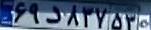
۶۹د۸۳۷۵۳